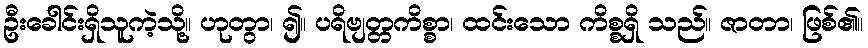
ဦးခေါင်းရှိသူကဲ့သို့။ ဟုတွာ၊ ၍။ ပရိဗျတ္တကိစ္စာ၊ ထင်းသော ကိစ္စရှိ သည်။ ဇာတာ၊ ဖြစ်၏။